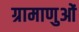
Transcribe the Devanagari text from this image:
ग्रामाणुओं